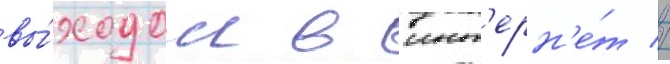
вы́ходом в инт'ерн'е́т //